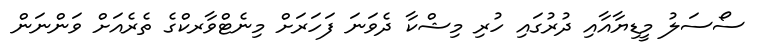
ސޯސަލު މީޑިޔާއާއި ދުރުގައި ހުރި މިޝްކާ ދެވަނަ ފަހަރަށް މިނެޓްވާރކްގެ ތެރެއަށް ވަންނަން